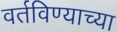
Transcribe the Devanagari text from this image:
वर्तविण्याच्या